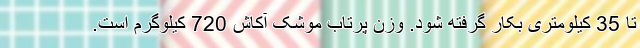
تا 35 کیلومتری بکار گرفته شود. وزن پرتاب موشک آکاش 720 کیلوگرم است.